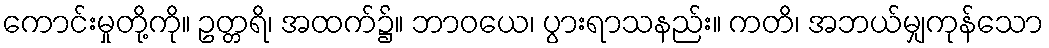
ကောင်းမှုတို့ကို။ ဥတ္တရိ၊ အထက်၌။ ဘာဝယေ၊ ပွားရာသနည်း။ ကတိ၊ အဘယ်မျှကုန်သော